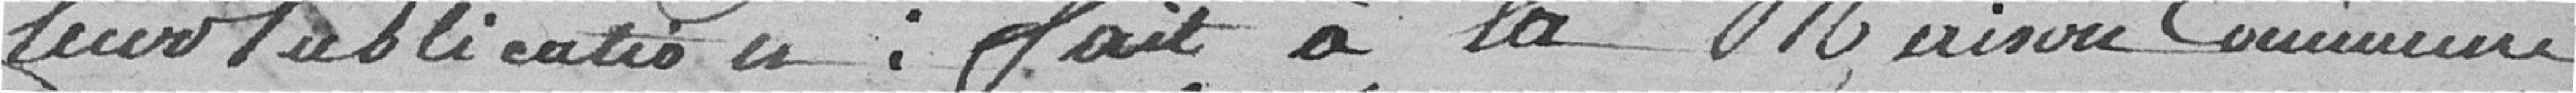
leur Publication: fait à la Maison Commune